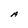
Character: A